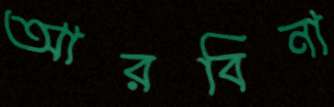
আরবিনা